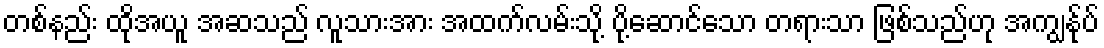
တစ်နည်း ထိုအယူ အဆသည် လူသားအား အထက်လမ်းသို့ ပို့ဆောင်သော တရားသာ ဖြစ်သည်ဟု အကျွန်ုပ်